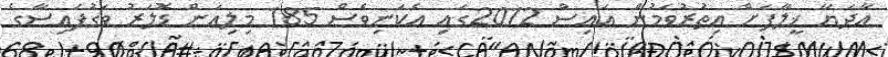
އާދަޔާ ޚީލާފަށް އިތުރުވަމުން އައިސް 2012ގައި އެކަނިވެސް 185 މިލިއަން ޑޮލަރު ވަގުފައިސާގެ